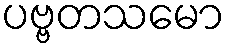
ပဗ္ဗတသမော